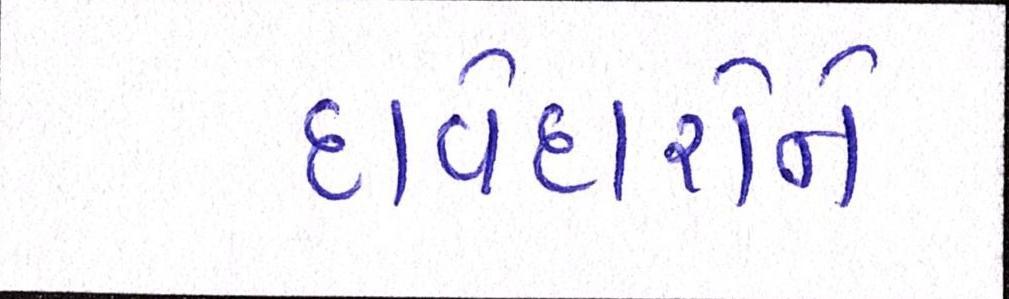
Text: દાવેદારોને